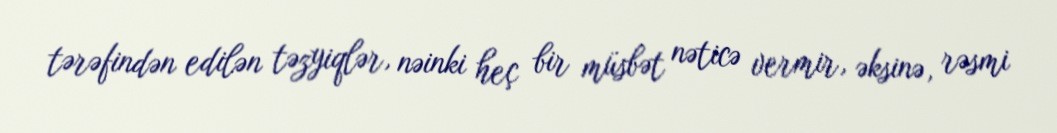
tərəfindən edilən təzyiqlər, nəinki heç bir müsbət nəticə vermir, əksinə, rəsmi